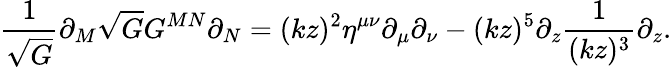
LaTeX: \frac{1}{\sqrt{G}}\partial_{M}\sqrt{G}G^{MN}\partial_{N}=(kz)^{2}\eta^{\mu\nu}\partial_{\mu}\partial_{\nu}-(kz)^{5}\partial_{z}\frac{1}{(kz)^{3}}\partial_{z}.